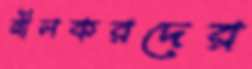
নীলকরদের